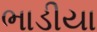
ભાડીયા